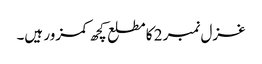
غزل نمبر 2 کا مطلع کچھ کمزور ہیں۔